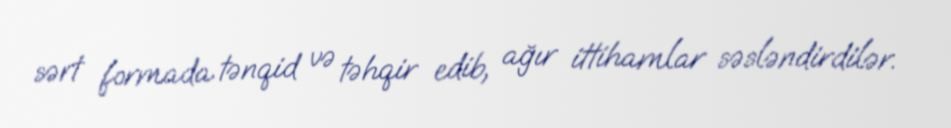
sərt formada tənqid və təhqir edib, ağır ittihamlar səsləndirdilər.